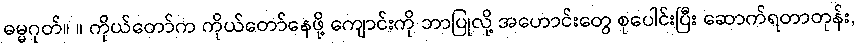
ဓမ္မဂုတ်။ ။ ကိုယ်တော်က ကိုယ်တော်နေဖို့ ကျောင်းကို ဘာပြုလို့ အဟောင်းတွေ စုပေါင်းပြီး ဆောက်ရတာတုန်း,